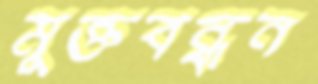
মুক্তবন্ধন